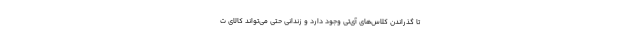
تا گذراندن کلاس‌های آی‌تی وجود دارد و زندانی حتی می‌تواند کالای ت